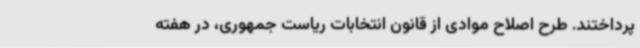
پرداختند. طرح اصلاح موادی از قانون انتخابات ریاست جمهوری، در هفته